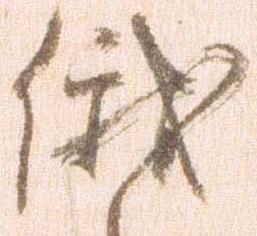
俄